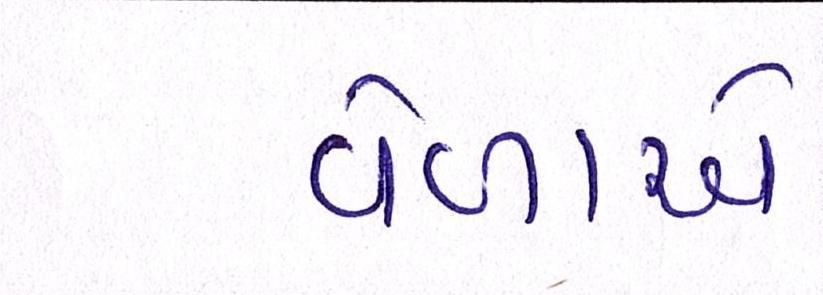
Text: વેળાએ